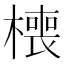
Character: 𰘧